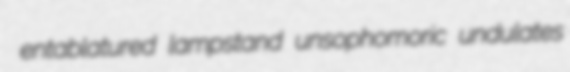
entablatured lampstand unsophomoric undulates